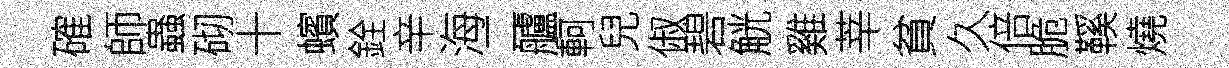
確師蟲砌十蠙銓辛海二艫軻兒俶碧觥雞莘貧久倍脆鞵燒